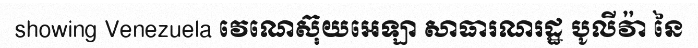
showing Venezuela វេណេស៊ុយអេឡា សាធារណរដ្ឋ បូលីវ៉ា នៃ